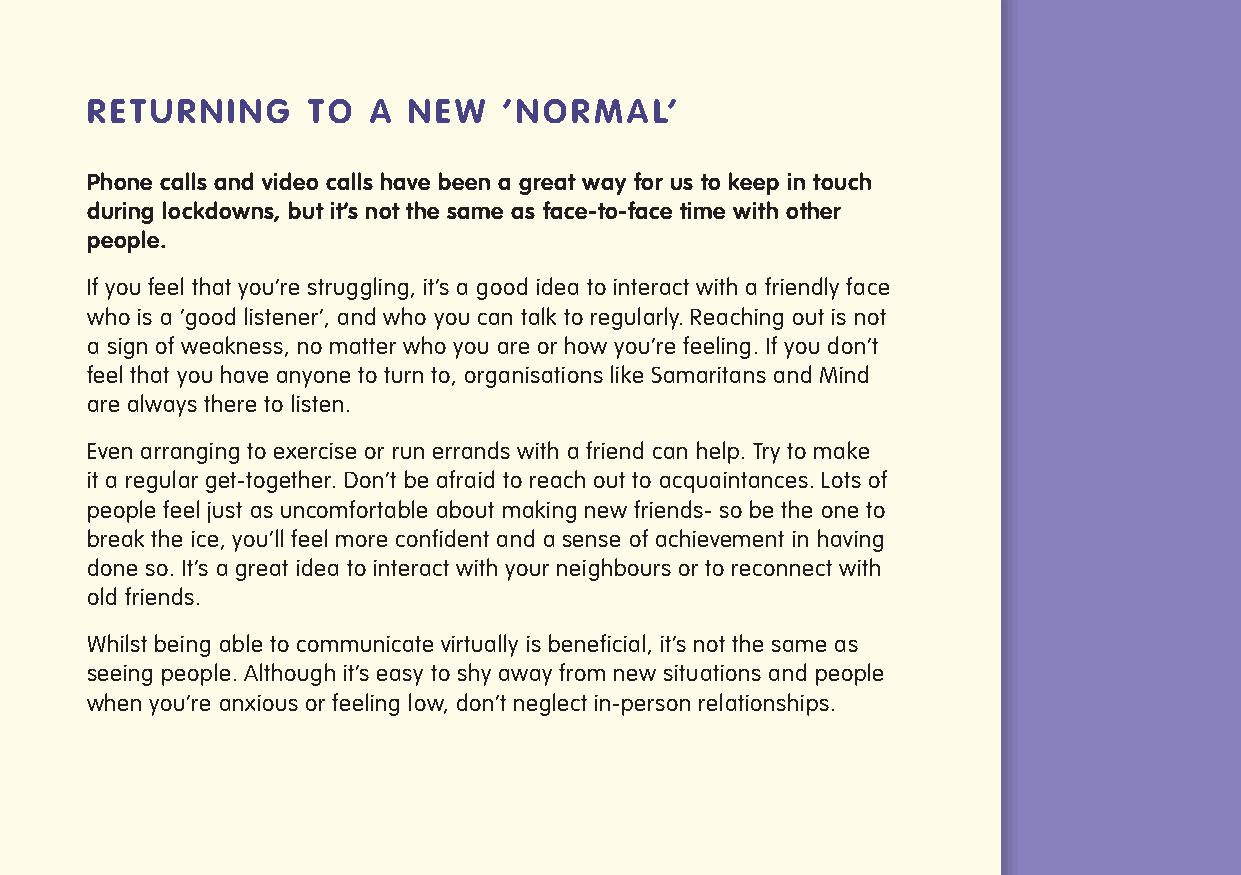
RETURNING     TO  A  NEW   ‘NORMAL’
 Phone calls and video calls have been a great way for us to keep in touch
 during lockdowns, but it’s not the same as face-to-face time with other
 people.
 If you feel that you’re struggling, it’s a good idea to interact with a friendly face
 who is a ‘good listener’, and who you can talk to regularly. Reaching out is not
 a sign of weakness, no matter who you are or how you’re feeling. If you don’t
 feel that you have anyone to turn to, organisations like Samaritans and Mind
 are always there to listen.
 Even arranging to exercise or run errands with a friend can help. Try to make
 it a regular get-together. Don’t be afraid to reach out to acquaintances. Lots of
 people feel just as uncomfortable about making new friends- so be the one to
 break the ice, you’ll feel more confident and a sense of achievement in having
 done so. It’s a great idea to interact with your neighbours or to reconnect with
 old friends.
 Whilst being able to communicate virtually is beneficial, it’s not the same as
 seeing people. Although it’s easy to shy away from new situations and people
 when you’re anxious or feeling low, don’t neglect in-person relationships.